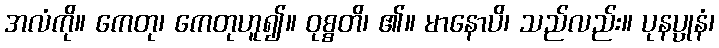
အလံကို။ ကေတု၊ ကေတုဟူ၍။ ဝုစ္စတိ၊ ၏။ မာနောပိ၊ သည်လည်း။ ပုနပ္ပုနံ၊